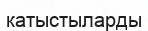
катыстыларды